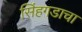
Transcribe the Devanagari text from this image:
सिंहगडाचा